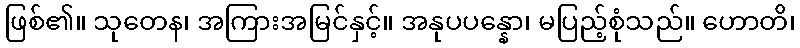
ဖြစ်၏။ သုတေန၊ အကြားအမြင်နှင့်။ အနုပပန္နော၊ မပြည့်စုံသည်။ ဟောတိ၊